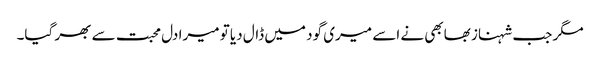
مگر جب شہناز بھابھی نے اسے میری گود میں ڈال دیا تو میرا دل محبت سے بھر گیا۔